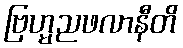
ဗြဟ္မညဖလာနီတိ